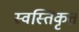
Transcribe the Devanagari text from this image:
स्वस्तिकृत